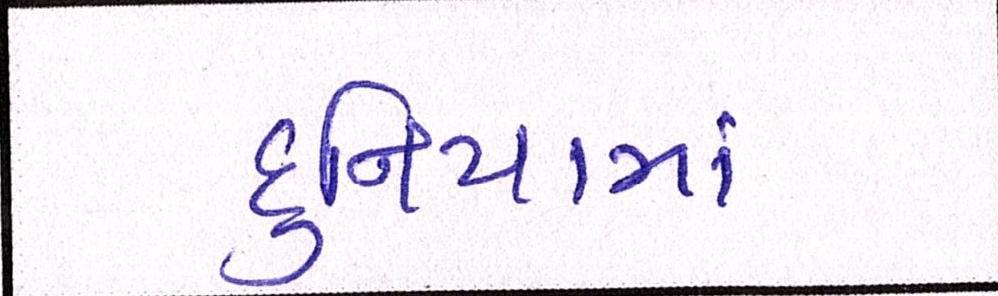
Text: દુનિયામાં